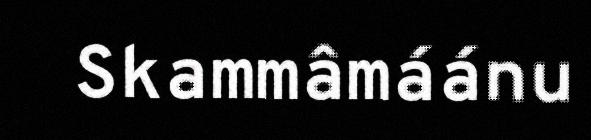
Skammâmáánu